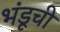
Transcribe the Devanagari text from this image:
भंडूची